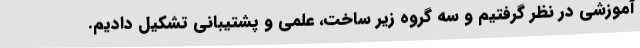
آموزشی در نظر گرفتیم و سه گروه زیر ساخت، علمی و پشتیبانی تشکیل دادیم.